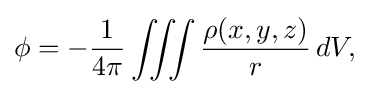
\phi =-{1 \over 4\pi }\iiint {\frac {\rho (x,y,z)}{r}}\,dV,\;